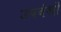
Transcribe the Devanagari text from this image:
उपवंशों